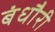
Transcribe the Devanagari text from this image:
बंधौैरी